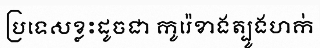
ប្រទេសខ្លះដូចជា កូរ៉េខាងត្បូងហក់